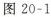
图 20-1